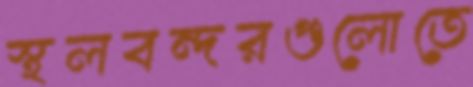
স্থলবন্দরগুলোতে